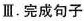
Ⅲ.完成句子